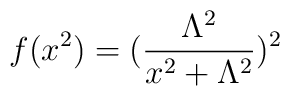
f(x^{2})=(\frac{\Lambda^{2}}{x^{2}+\Lambda^{2}})^{2}